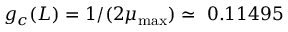
g _ { c } ( L ) = 1 / ( 2 \mu _ { \mathrm { m a x } } ) \simeq ~ 0 . 1 1 4 9 5